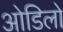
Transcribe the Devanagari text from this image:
ओडिलो